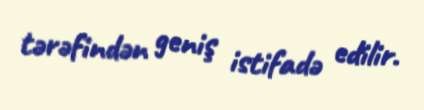
tərəfindən geniş istifadə edilir.